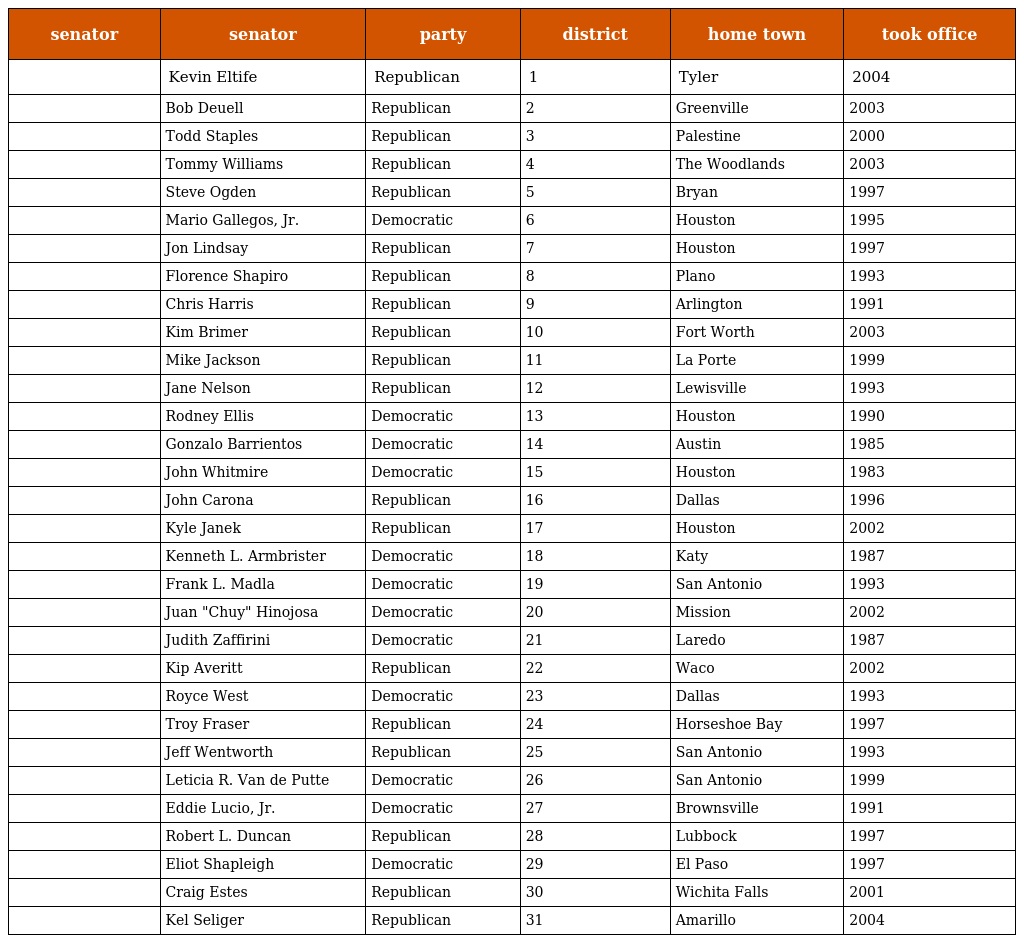
| senator | senator | party | district | home town | took office |
 | --- | --- | --- | --- | --- | --- |
 |  | Kevin Eltife | Republican | 1 | Tyler | 2004 |
 |  | Bob Deuell | Republican | 2 | Greenville | 2003 |
 |  | Todd Staples | Republican | 3 | Palestine | 2000 |
 |  | Tommy Williams | Republican | 4 | The Woodlands | 2003 |
 |  | Steve Ogden | Republican | 5 | Bryan | 1997 |
 |  | Mario Gallegos, Jr. | Democratic | 6 | Houston | 1995 |
 |  | Jon Lindsay | Republican | 7 | Houston | 1997 |
 |  | Florence Shapiro | Republican | 8 | Plano | 1993 |
 |  | Chris Harris | Republican | 9 | Arlington | 1991 |
 |  | Kim Brimer | Republican | 10 | Fort Worth | 2003 |
 |  | Mike Jackson | Republican | 11 | La Porte | 1999 |
 |  | Jane Nelson | Republican | 12 | Lewisville | 1993 |
 |  | Rodney Ellis | Democratic | 13 | Houston | 1990 |
 |  | Gonzalo Barrientos | Democratic | 14 | Austin | 1985 |
 |  | John Whitmire | Democratic | 15 | Houston | 1983 |
 |  | John Carona | Republican | 16 | Dallas | 1996 |
 |  | Kyle Janek | Republican | 17 | Houston | 2002 |
 |  | Kenneth L. Armbrister | Democratic | 18 | Katy | 1987 |
 |  | Frank L. Madla | Democratic | 19 | San Antonio | 1993 |
 |  | Juan "Chuy" Hinojosa | Democratic | 20 | Mission | 2002 |
 |  | Judith Zaffirini | Democratic | 21 | Laredo | 1987 |
 |  | Kip Averitt | Republican | 22 | Waco | 2002 |
 |  | Royce West | Democratic | 23 | Dallas | 1993 |
 |  | Troy Fraser | Republican | 24 | Horseshoe Bay | 1997 |
 |  | Jeff Wentworth | Republican | 25 | San Antonio | 1993 |
 |  | Leticia R. Van de Putte | Democratic | 26 | San Antonio | 1999 |
 |  | Eddie Lucio, Jr. | Democratic | 27 | Brownsville | 1991 |
 |  | Robert L. Duncan | Republican | 28 | Lubbock | 1997 |
 |  | Eliot Shapleigh | Democratic | 29 | El Paso | 1997 |
 |  | Craig Estes | Republican | 30 | Wichita Falls | 2001 |
 |  | Kel Seliger | Republican | 31 | Amarillo | 2004 |